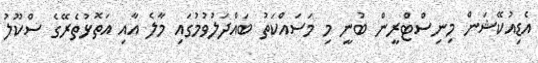
އެޑިއުކޭޝަން މިނިސްޓްރީން ބުނީ މި މަސައްކަތު ބައްދަލުވުމުގައި މާލެ އާއި އަތޮޅުތެރޭގެ ސްކޫލު